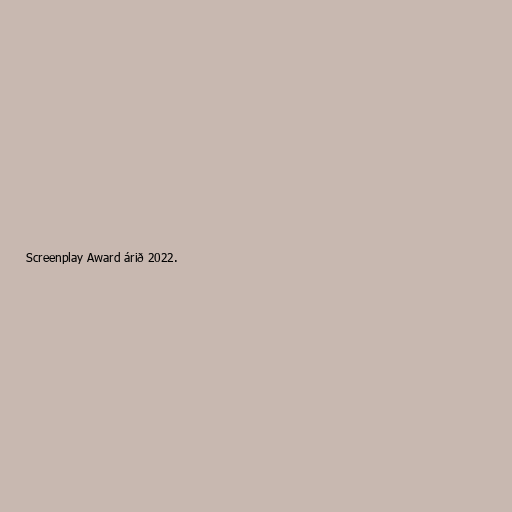
Screenplay Award árið 2022.